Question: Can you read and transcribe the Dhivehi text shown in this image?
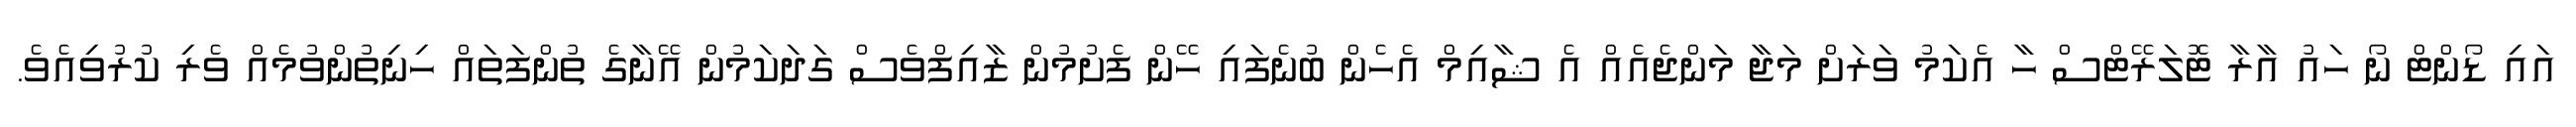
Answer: އައި ޑޯންޓް ނޯ ހައު އާރާ ޓޮލަރޭޓްސް ހާ އެކަމު ވަރަށް މަޖާ މަންޖެއެއް އެ ޝާއިމް އެހެން ބުނެފައި ހޭން ފެށުމުން ޒާއިފްވެސް ގަދަކަމުން އޭނާގެ ތުންފަތައް ހިނިތުންވުމެއް ވެރި ކުރުވިއެވެ.